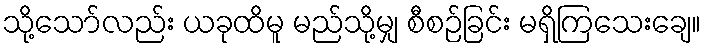
သို့သော်လည်း ယခုထိမူ မည်သို့မျှ စီစဉ်ခြင်း မရှိကြသေးချေ။